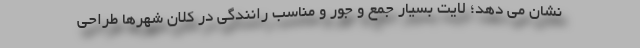
نشان می دهد؛ لایت بسیار جمع و جور و مناسب رانندگی در کلان شهرها طراحی